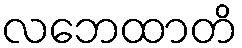
လဘေထာတိ